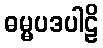
ဓမ္မပဒပါဠိ